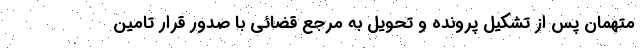
متهمان پس از تشکیل پرونده و تحویل به مرجع قضائی با صدور قرار تامین